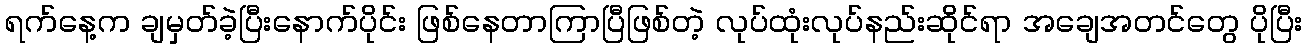
ရက်နေ့က ချမှတ်ခဲ့ပြီးနောက်ပိုင်း ဖြစ်နေတာကြာပြီဖြစ်တဲ့ လုပ်ထုံးလုပ်နည်းဆိုင်ရာ အချေအတင်တွေ ပိုပြီး